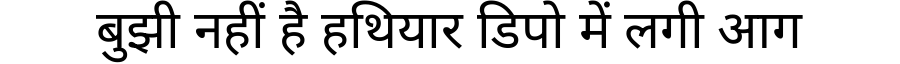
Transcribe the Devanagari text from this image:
बुझी नहीं है हथियार डिपो में लगी आग